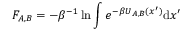
F _ { A , B } = - \beta ^ { - 1 } \ln \int e ^ { - \beta U _ { A , B } ( { \boldsymbol { x } } ^ { \prime } ) } \mathrm { d } { \boldsymbol { x } } ^ { \prime }